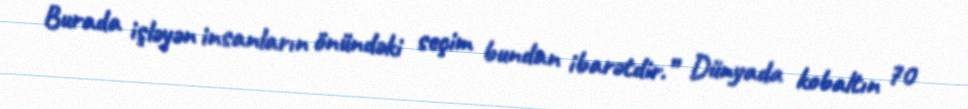
Burada işləyən insanların önündəki seçim bundan ibarətdir.” Dünyada kobaltın 70